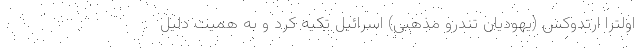
اولترا ارتدوکس (یهودیان تندرو مذهبی) اسرائیل تکیه کرد و به همیت دلیل